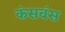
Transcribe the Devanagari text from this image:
कंसवंस